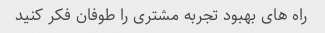
راه های بهبود تجربه مشتری را طوفان فکر کنید